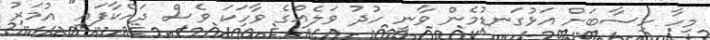
މިހާ ހިސާބަށް އަޅުގަނޑުމެން ވާނީ ހުދު ވަލެެއްގެ ވާހަކަ ވެސް ދައްކާފައި" އުމަރު